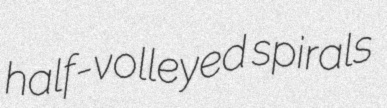
half-volleyed spirals